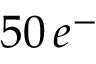
5 0 \, e ^ { - }